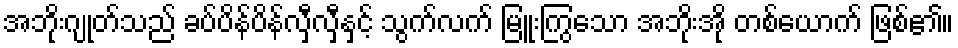
အဘိုးဂျုတ်သည် ခပ်ပိန်ပိန်လှီလှီနှင့် သွက်လက် မြူးကြွသော အဘိုးအို တစ်ယောက် ဖြစ်၏။